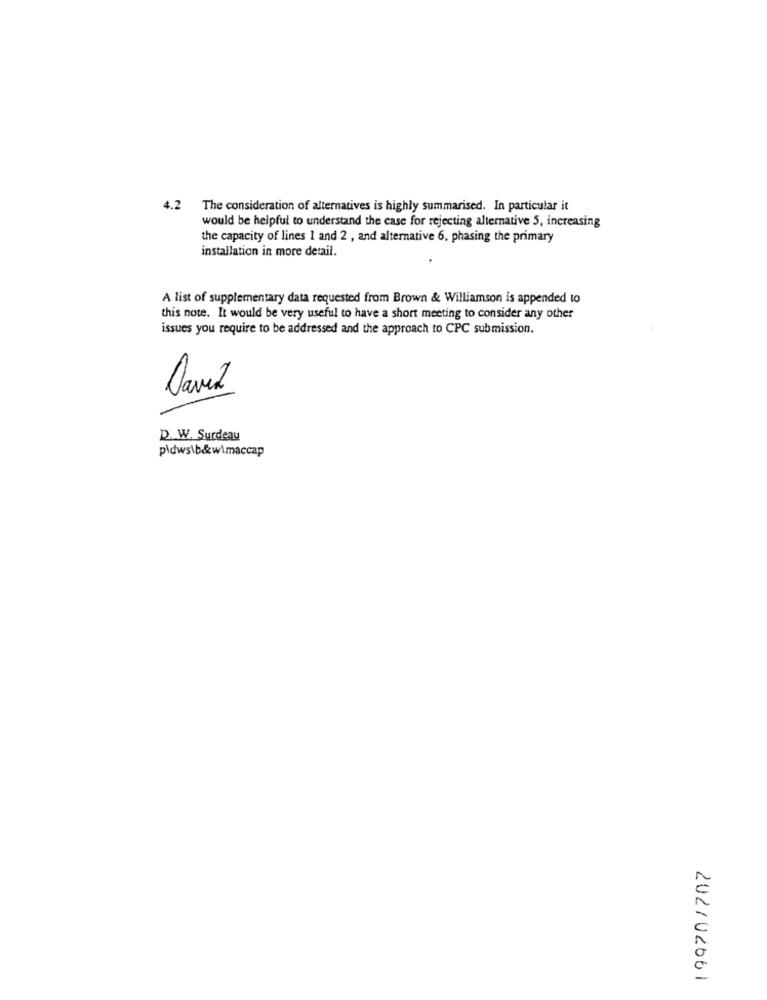
4.2
The consideration of alternatives is highly summarised. In particular it
would be helpful to understand the case for rejecting alternative 5, increasing
the capacity of lines 1 and 2 , and alternative 6, phasing the primary
installation in more detail.
A list of supplementary data requested from Brown & Williamson is appended to
this note. It would be very useful to have a short meeting to consider any other
issues you require to be addressed and the approach to CPC submission.
David
D. W. Surdeau
pldws\b&w\maccap
ZUZIULOGI